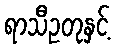
ရာသီဥတုနှင့်